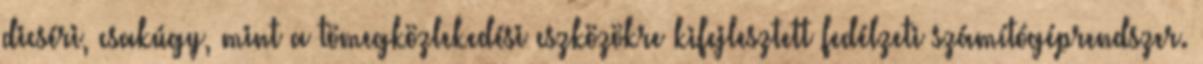
dicséri, csakúgy, mint a tömegközlekedési eszközökre kifejlesztett fedélzeti számítógéprendszer.